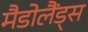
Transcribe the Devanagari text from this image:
मैडोलैंड्स